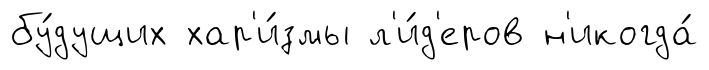
бу́дущих хар'и́змы л'и́д'еров н'икогда́